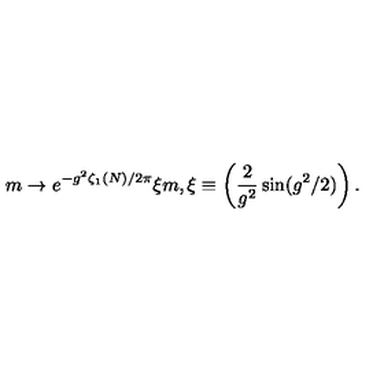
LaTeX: m \rightarrow e ^ { - g ^ { 2 } \zeta _ { 1 } ( N ) / 2 \pi } \xi m , \xi \equiv \left( \frac 2 { g ^ { 2 } } \sin ( g ^ { 2 } / 2 ) \right) .